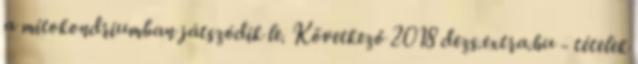
a mitokondriumban játszódik le. Következő 2018 dezs.extra.hu - tételek